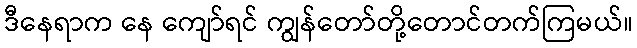
ဒီနေရာက နေ ကျော်ရင် ကျွန်တော်တို့တောင်တက်ကြမယ်။